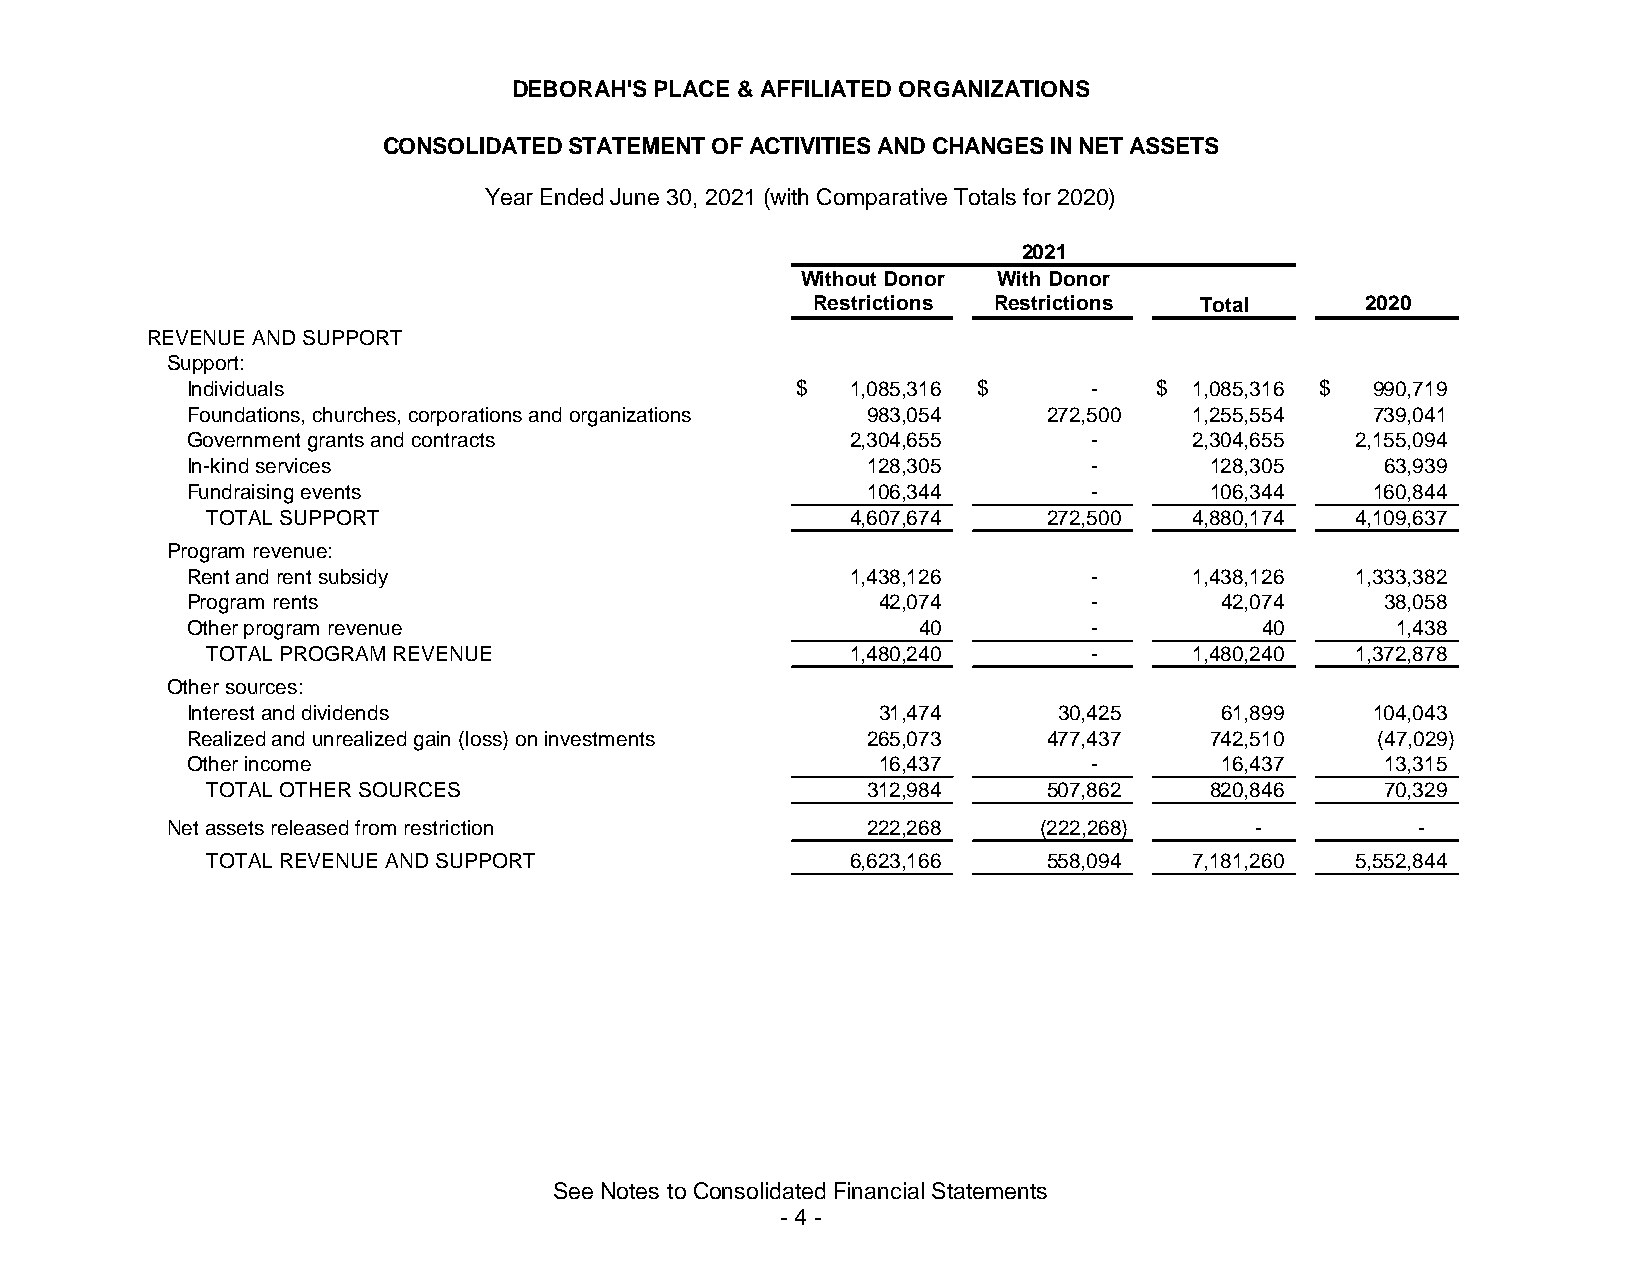
DEBORAH'S PLACE & AFFILIATED ORGANIZATIONS
 CONSOLIDATED STATEMENT OF ACTIVITIES AND CHANGES IN NET ASSETS
 Year Ended June 30, 2021 (with Comparative Totals for 2020)
 2021
 Without Donor With Donor
 Restrictions Restrictions Total     2020
 REVENUE AND SUPPORT
 Support:
 Individuals                              $  1,085,316 $     -    $ 1,085,316 $ 990,719
 Foundations, churches, corporations and organizations 983,054 272,500 1,255,554 739,041
 Government grants and contracts             2,304,655       -      2,304,655  2,155,094
 In-kind services                             128,305        -       128,305     63,939
 Fundraising events                           106,344        -       106,344    160,844
 TOTAL SUPPORT                             4,607,674    272,500   4,880,174  4,109,637
 Program revenue:
 Rent and rent subsidy                       1,438,126       -      1,438,126  1,333,382
 Program rents                                 42,074        -        42,074     38,058
 Other program revenue                            40         -          40       1,438
 TOTAL PROGRAM REVENUE                     1,480,240       -      1,480,240  1,372,878
 Other sources:
 Interest and dividends                        31,474      30,425     61,899    104,043
 Realized and unrealized gain (loss) on investments 265,073 477,437  742,510    (47,029)
 Other income                                  16,437        -        16,437     13,315
 TOTAL OTHER SOURCES                        312,984     507,862    820,846     70,329
 Net assets released from restriction          222,268     (222,268)     -          -
 TOTAL REVENUE AND SUPPORT                 6,623,166    558,094   7,181,260  5,552,844
 See Notes to Consolidated Financial Statements
 - 4 -